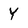
Character: Y